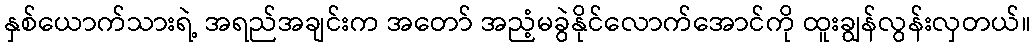
နှစ်ယောက်သားရဲ့ အရည်အချင်းက အတော် အညံ့မခွဲနိုင်လောက်အောင်ကို ထူးချွန်လွန်းလှတယ်။